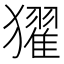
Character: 㺟